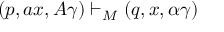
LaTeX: ( p , a x , A \gamma ) \vdash _ { M } ( q , x , \alpha \gamma )